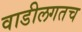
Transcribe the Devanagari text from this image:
वाडीलगतच